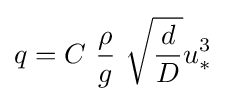
q=C\ {\frac {\rho }{g}}\ {\sqrt {\frac {d}{D}}}u_{*}^{3}